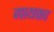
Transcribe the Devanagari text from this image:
गायका